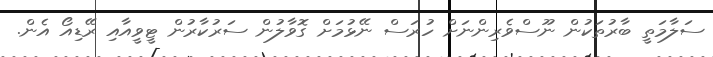
ސަލާމަތީ ބާރުތަކުން ނޫސްވެރިންނަށް ހުރަސް ނޭޅުމަށް ގޮވާލުން ސަރުކާރުން ޓީވީއާއި ރޭޑިއޯ އެން.